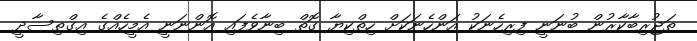
ތަޖުރިބާކާރުން ބުނަނީ ފިރިހެނަކު އަންހެނަކަށް ހިތްކިޔާ ގޮތް ބިނާވެފައި އޮންނަނީ އެމީހެއްގެ އިގްތިސާދީ